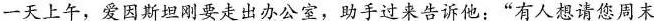
一天上午，爱因斯坦刚要走出办公室，助手过来告诉他：”有人想请您周末